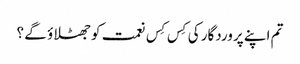
تم اپنے پروردگار کی کِس کِس نعمت کوجھٹلاؤ گے ؟